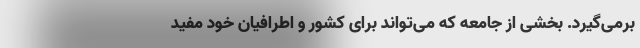
برمی‌گیرد. بخشی از جامعه که می‌تواند برای کشور و اطرافیان خود مفید